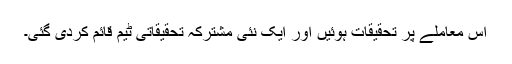
اس معاملے پر تحقیقات ہوئیں اور ایک نئی مشترکہ تحقیقاتی ٹیم قائم کردی گئی۔